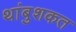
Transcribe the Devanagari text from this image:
थांबुशकत